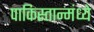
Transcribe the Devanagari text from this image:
पाकिस्तान्मंध्ये